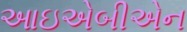
આઇએબીએન